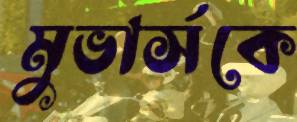
মুভার্সকে